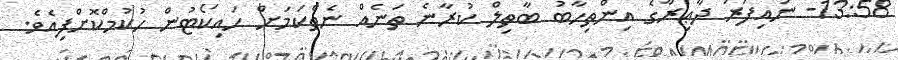
13:58- ނައިފަރު ދާޢިރާގެ އިންތިހާބު ބާތިލް ކުރާނެ ތަނެއް ނެތްކަމަށް ހައިކޯޓުން ހުކުމްކޮށްފިއެވެ.